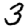
Digit: 3